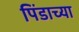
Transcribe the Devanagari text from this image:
पिंडाच्या